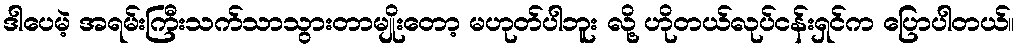
ဒါပေမဲ့ အရမ်းကြီးသက်သာသွားတာမျိုးတော့ မဟုတ်ပါဘူး လို့ ဟိုတယ်လုပ်ငန်းရှင်က ပြောပါတယ်။